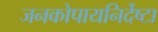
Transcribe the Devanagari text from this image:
जनकोपायनिर्देष्टा